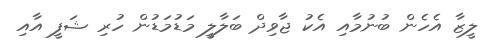
ލީޒާ އެހެން ބުނުމާއި އެކު ޖާވިދް ބަލާލީ މަޑުމަޑުން ހުރި ޝަފީ އާއި